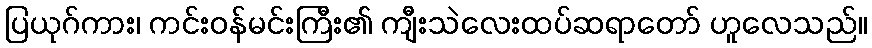
ပြယုဂ်ကား၊ ကင်းဝန်မင်းကြီး၏ ကျီးသဲလေးထပ်ဆရာတော် ဟူလေသည်။